Insane asylums in Bengal annual reports 1876-1887 - 1876-1887
Year: 1876
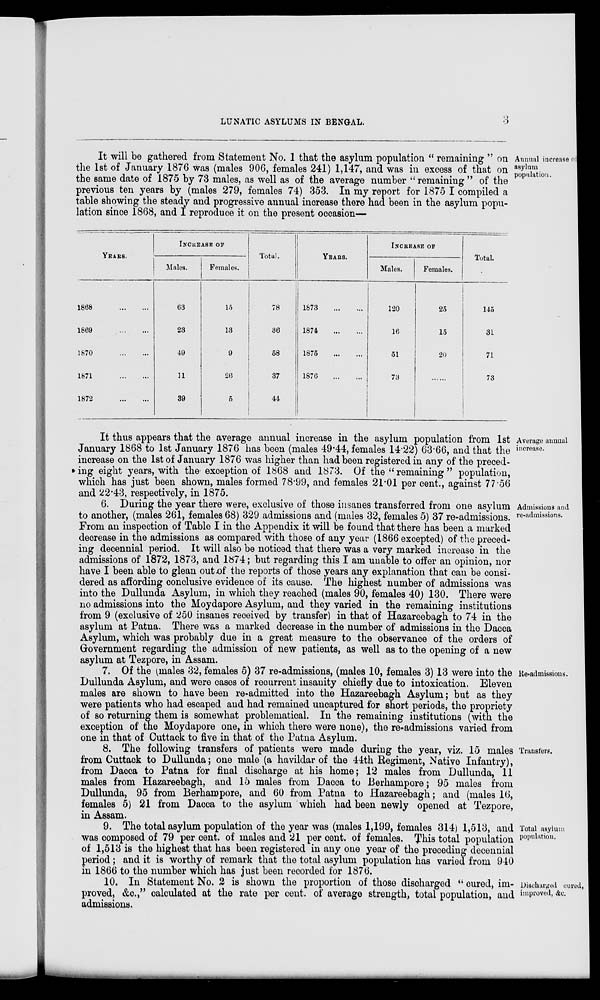
LUNATIC ASYLUMS IN BENGAL.
3
Annual increase of
asylum
population.
It will be gathered from Statement No. 1 that the asylum population “ remaining ” on
the 1st of January 1876 was (males 906, females 241) 1,147, and was in excess of that on
the same date of 1875 by 73 males, as well as of the average number “ remaining ” of the
previous ten years by (males 279, females 74) 353. In my report for 1875 I compiled a
table showing the steady and progressive annual increase there had been in the asylum popu-
lation since 1868, and I reproduce it on the present occasion—
YEARS.
1868
...
...
1869
...
...
1870
...
...
1871
...
...
1872
...
...
INCREASE OF
Males.
63
23
49
11
39
Females.
15
13
9
26
5
Total.
78
36
58
37
44
YEARS.
1873
...
...
1874
...
...
1875
...
...
1876
...
...
INCREASE OF
Males.
120
16
51
73
Females.
25
15
20
......
Total.
145
31
71
73
Average annual
increase.
It thus appears that the average annual increase in the asylum population from 1st
January 1868 to 1st January 1876 has been (males 49.44, females 14.22) 63.66, and that the
increase on the 1st of January 1876 was higher than had been registered in any of the preced-
ing eight years, with the exception of 1868 and 1873. Of the “ remaining ” population,
which has just been shown, males formed 78.99, and females 21.01 per cent., against 77.56
and 22.43, respectively, in 1875.
Admissions and
re-admissions.
6. During the year there were, exclusive of those insanes transferred from one asylum
to another, (males 261, females 68) 329 admissions and (males 32, females 5) 37 re-admissions.
From an inspection of Table I in the Appendix it will be found that there has been a marked
decrease in the admissions as compared with those of any year (1866 excepted) of the preced-
ing decennial period. It will also be noticed that there was a very marked increase in the
admissions of 1872, 1873, and 1874; but regarding this I am unable to offer an opinion, nor
have I been able to glean out of the reports of those years any explanation that can be consi-
dered as affording conclusive evidence of its cause. The highest number of admissions was
into the Dullunda Asylum, in which they reached (males 90, females 40) 130. There were
no admissions into the Moydapore Asylum, and they varied in the remaining institutions
from 9 (exclusive of 250 insanes received by transfer) in that of Hazareebagh to 74 in the
asylum at Patna. There was a marked decrease in the number of admissions in the Dacca
Asylum, which was probably due in a great measure to the observance of the orders of
Government regarding the admission of new patients, as well as to the opening of a new
asylum at Tezpore, in Assam.
Re-admissions.
7. Of the (males 32, females 5) 37 re-admissions, (males 10, females 3) 13 were into the
Dullunda Asylum, and were cases of recurrent insanity chiefly due to intoxication. Eleven
males are shown to have been re-admitted into the Hazareebagh Asylum; but as they
were patients who had escaped and had remained uncaptured for short periods, the propriety
of so returning them is somewhat problematical. In the remaining institutions (with the
exception of the Moydapore one, in which there were none), the re-admissions varied from
one in that of Cuttack to five in that of the Patna Asylum.
Transfers.
8. The following transfers of patients were made during the year, viz. 15 males
from Cuttack to Dullunda; one male (a havildar of the 44th Regiment, Native Infantry),
from Dacca to Patna for final discharge at his home; 12 males from Dullunda, 11
males from Hazareebagh, and 15 males from Dacca to Berhampore; 95 males from
Dullunda, 95 from Berhampore, and 60 from Patna to Hazareebagh; and (males 16,
females 5) 21 from Dacca to the asylum which had been newly opened at Tezpore,
in Assam.
Total asylum
population.
9. The total asylum population of the year was (males 1,199, females 314) 1,513, and
was composed of 79 per cent. of males and 21 per cent. of females. This total population
of 1,513 is the highest that has been registered in any one year of the preceding decennial
period; and it is worthy of remark that the total asylum population has varied from 940
in 1866 to the number which has just been recorded for 1876.
Discharged cured,
improved, &c.
10. In Statement No. 2 is shown the proportion of those discharged “ cured, im-
proved, &c.,” calculated at the rate per cent. of average strength, total population, and
admissions.